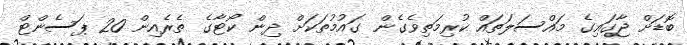
ބޮޑަށް ޖާގައިގެ މައްސަލަތައް ކުރިމަތިވެގެން ގައުމުތަކަށް ދިން ކޯޓާގެ ތެރެއިން 20 ޕަސެންޓް